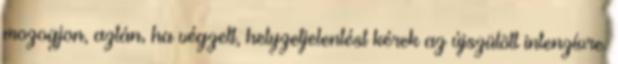
mozogjon, aztán, ha végzett, helyzetjelentést kérek az újszülött intenzívre.